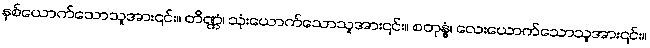
နှစ်ယောက်သောသူအား၎င်း။ တိဏ္ဏံ၊ သုံးယောက်သောသူအား၎င်း။ စတုန္နံ၊ လေးယောက်သောသူအား၎င်း။